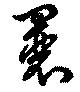
曩